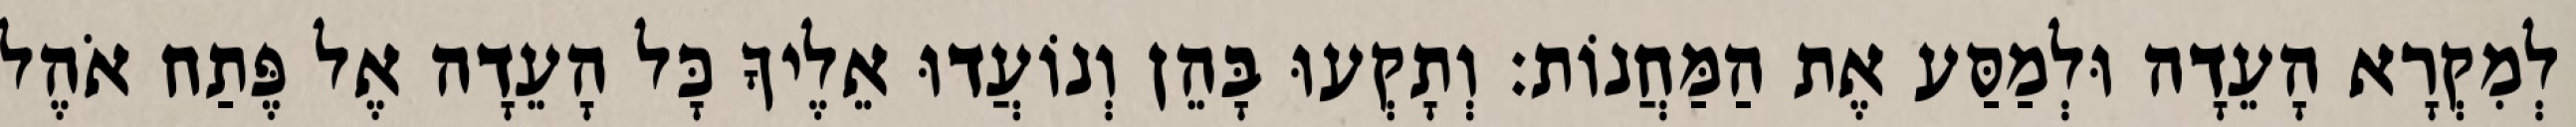
לְמִקְרָא הָעֵדָה וּלְמַסַּע אֶת הַמַּחֲנוֹת׃ וְתָקְעוּ בָּהֵן וְנוֹעֲדוּ אֵלֶיךָ כָּל הָעֵדָה אֶל פֶּתַח אֹהֶל